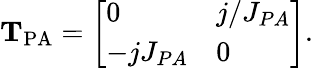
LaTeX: \mathrm{\mathbf{T}_{PA}}=\left[\begin{array}{ll}{0}&{j/J_{PA}}\\ {-jJ_{PA}}&{0}\end{array}\right].